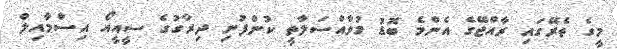
މީގެ ތެރޭގައި ރާއްޖޭގެ އެންމެ ބޮޑު މުވާއްސަލާތީ ކުންފުނި ދިރާގުގެ ސީއީއޯ އިސްމާއިލް